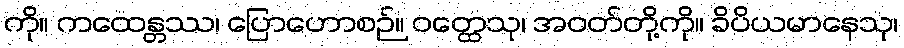
ကို။ ကထေန္တဿ၊ ပြောဟောစဉ်။ ဝတ္ထေသု၊ အဝတ်တို့ကို။ ခိပိယမာနေသု၊